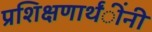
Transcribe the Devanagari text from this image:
प्रशिक्षणार्थंींनी